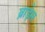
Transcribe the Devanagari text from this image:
ब्राड़ेस